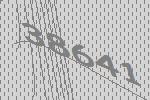
38641